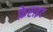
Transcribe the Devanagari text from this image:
फ़ेराइट